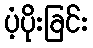
ပံ့ပိုးခြင်း